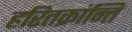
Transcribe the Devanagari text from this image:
हरितक्रांन्ति